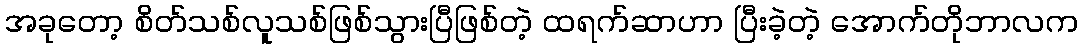
အခုတော့ စိတ်သစ်လူသစ်ဖြစ်သွားပြီဖြစ်တဲ့ ထရက်ဆာဟာ ပြီးခဲ့တဲ့ အောက်တိုဘာလက